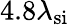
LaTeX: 4.8\lambda_{\mathrm{si}}